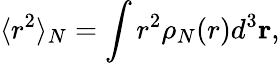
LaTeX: \langle r^{2}\rangle_{N}=\int r^{2}\rho_{N}(r)d^{3}\mathbf{r},